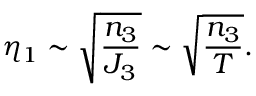
\eta _ { 1 } \sim { \sqrt { { \frac { n _ { 3 } } { J _ { 3 } } } } } \sim { \sqrt { { \frac { n _ { 3 } } { T } } } } .